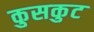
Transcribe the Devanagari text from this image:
कुसकुट